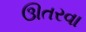
ઊતરવા